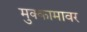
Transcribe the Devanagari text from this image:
मुक्कामावर